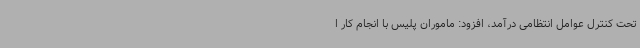
تحت کنترل عوامل انتظامی درآمد، افزود: ماموران پلیس با انجام کار ا